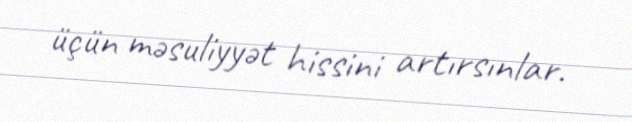
üçün məsuliyyət hissini artırsınlar.